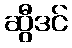
ဆွီဒင်